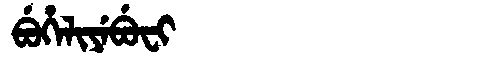
Manchu: ᠪᡠᡥᡝᠯᡳᠶᡝᠪᡠᠸᡳ
Romanization: BUHELIYEBUFI